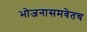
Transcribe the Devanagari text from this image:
भोजनासमवेतच